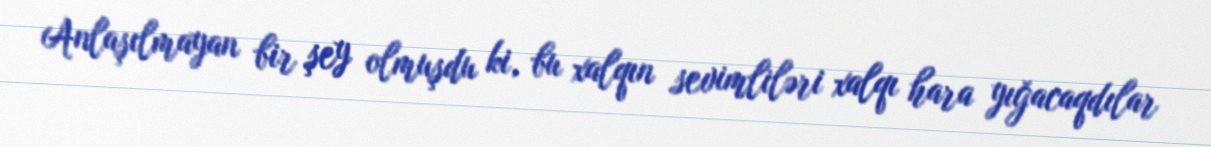
Anlaşılmayan bir şey olmuşdu ki, bu xalqın sevimliləri xalqı hara yığacaqdılar